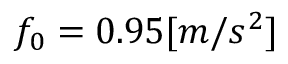
f _ { 0 } = 0 . 9 5 [ m / s ^ { 2 } ]